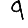
Digit: 9